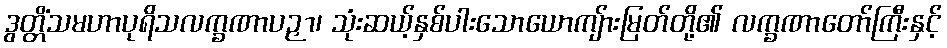
ဒွတ္တိံသမဟာပုရိသလက္ခဏာပဉှာ၊ သုံးဆယ့်နှစ်ပါးသောယောကျ်ားမြတ်တို့၏ လက္ခဏာတော်ကြီးနှင့်